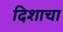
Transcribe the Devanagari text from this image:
दिशाचा